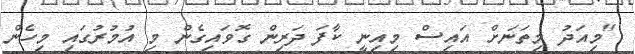
"މިއަދު މިތަނަށް އައިސް މިއިނީ ކާފަ ދަރިން ގޮވައިގެން މި އުމުރުގައި މިހެން